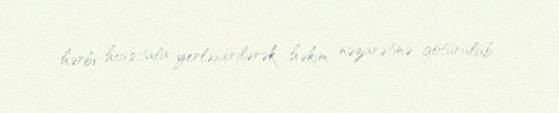
hərbi hospitala yerləşdirilərək həkim nəzarətinə götürülüb.